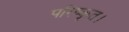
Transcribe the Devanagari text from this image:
परिष्कृत।